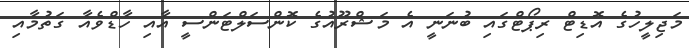
މަޖިލީހުގެ އޮޑިޓް ރިޕޯޓްގައި ބުނަނީ އެ މަޝްރޫއުގެ ކޮންސަލްޓަންސީ އާއި ހާޑްވެއާ ގަތުމާއި